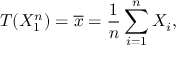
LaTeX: T ( X _ { 1 } ^ { n } ) = { \overline { { x } } } = { \frac { 1 } { n } } \sum _ { i = 1 } ^ { n } X _ { i } ,